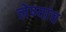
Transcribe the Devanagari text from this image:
लेण्यांच